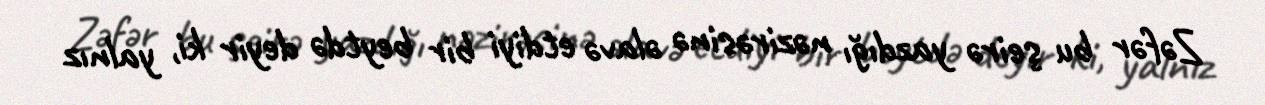
Zəfər bu şeirə yazdığı nəzirəsinə əlavə etdiyi bir beytdə deyir ki, yalnız